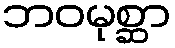
ဘဝမုစ္ဆာ